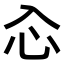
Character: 𠓣